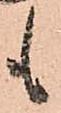
も